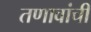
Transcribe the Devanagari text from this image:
तणावांची